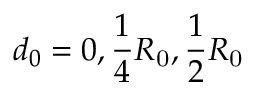
d _ { 0 } = 0 , \frac { 1 } { 4 } R _ { \mathrm { 0 } } , \frac { 1 } { 2 } R _ { \mathrm { 0 } }